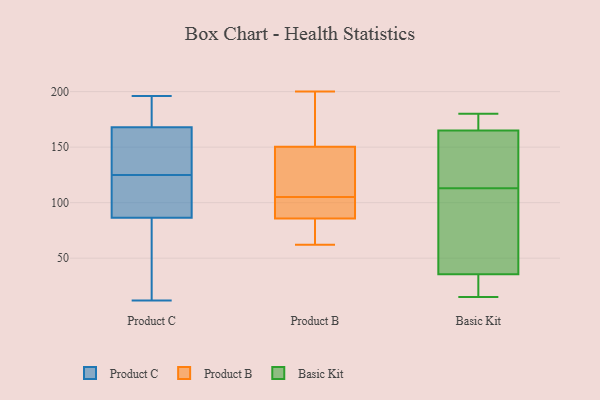
{"axis": {"x": "Churn Rate (%)", "y": "Value"}, "legend": ["Basic Kit", "Product B", "Product C"], "data": [{"x": "", "y": 147, "type": "Product C"}, {"x": "", "y": 74, "type": "Product C"}, {"x": "", "y": 196, "type": "Product C"}, {"x": "", "y": 103, "type": "Product C"}, {"x": "", "y": 125, "type": "Product C"}, {"x": "", "y": 170, "type": "Product C"}, {"x": "", "y": 162, "type": "Product C"}, {"x": "", "y": 195, "type": "Product C"}, {"x": "", "y": 81, "type": "Product C"}, {"x": "", "y": 12, "type": "Product C"}, {"x": "", "y": 111, "type": "Product C"}, {"x": "", "y": 62, "type": "Product B"}, {"x": "", "y": 85, "type": "Product B"}, {"x": "", "y": 200, "type": "Product B"}, {"x": "", "y": 105, "type": "Product B"}, {"x": "", "y": 90, "type": "Product B"}, {"x": "", "y": 86, "type": "Product B"}, {"x": "", "y": 71, "type": "Product B"}, {"x": "", "y": 145, "type": "Product B"}, {"x": "", "y": 180, "type": "Product B"}, {"x": "", "y": 175, "type": "Product B"}, {"x": "", "y": 105, "type": "Product B"}, {"x": "", "y": 135, "type": "Product B"}, {"x": "", "y": 93, "type": "Product B"}, {"x": "", "y": 121, "type": "Product B"}, {"x": "", "y": 99, "type": "Product B"}, {"x": "", "y": 166, "type": "Product B"}, {"x": "", "y": 65, "type": "Product B"}, {"x": "", "y": 85, "type": "Basic Kit"}, {"x": "", "y": 22, "type": "Basic Kit"}, {"x": "", "y": 38, "type": "Basic Kit"}, {"x": "", "y": 113, "type": "Basic Kit"}, {"x": "", "y": 180, "type": "Basic Kit"}, {"x": "", "y": 160, "type": "Basic Kit"}, {"x": "", "y": 94, "type": "Basic Kit"}, {"x": "", "y": 168, "type": "Basic Kit"}, {"x": "", "y": 170, "type": "Basic Kit"}, {"x": "", "y": 17, "type": "Basic Kit"}, {"x": "", "y": 28, "type": "Basic Kit"}, {"x": "", "y": 168, "type": "Basic Kit"}, {"x": "", "y": 15, "type": "Basic Kit"}, {"x": "", "y": 164, "type": "Basic Kit"}, {"x": "", "y": 69, "type": "Basic Kit"}, {"x": "", "y": 156, "type": "Basic Kit"}, {"x": "", "y": 149, "type": "Basic Kit"}]}